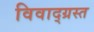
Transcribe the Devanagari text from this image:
विवाद्ग्रस्त